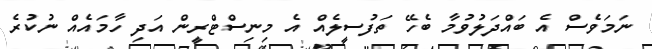
ނަމަވެސް އެ ބައްދަލުވުމާ ބެހޭ ތަފުސީލެއް އެ މިނިސްޓްރީން އަދި ހާމައެއް ނުކުރެ